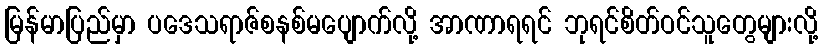
မြန်မာပြည်မှာ ပဒေသရာဇ်စနစ်မပျောက်လို့ အာဏာရရင် ဘုရင်စိတ်ဝင်သူတွေများလို့